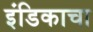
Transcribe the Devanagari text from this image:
इंडिकाचा